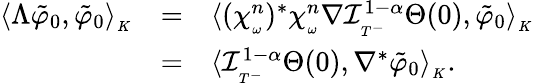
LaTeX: \begin{array}{lll}{\langle\Lambda\tilde{\varphi}_{0},\tilde{\varphi}_{0}\rangle_{_K}}&{=}&{\langle(\chi_{_\omega}^{n})^{*}\chi_{_\omega}^{n}\nabla\mathcal{I}_{_{T^{-}}}^{1-\alpha}\Theta(0),\tilde{\varphi}_{0}\rangle_{_K}}\\ &{=}&{\langle\mathcal{I}_{_{T^{-}}}^{1-\alpha}\Theta(0),\nabla^{*}\tilde{\varphi}_{0}\rangle_{_K}.}\end{array}